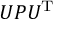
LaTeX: U P U ^ { \mathrm { { T } } }